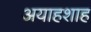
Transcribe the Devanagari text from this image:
अयाहशाह